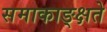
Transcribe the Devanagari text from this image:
समाकाङ्क्षते